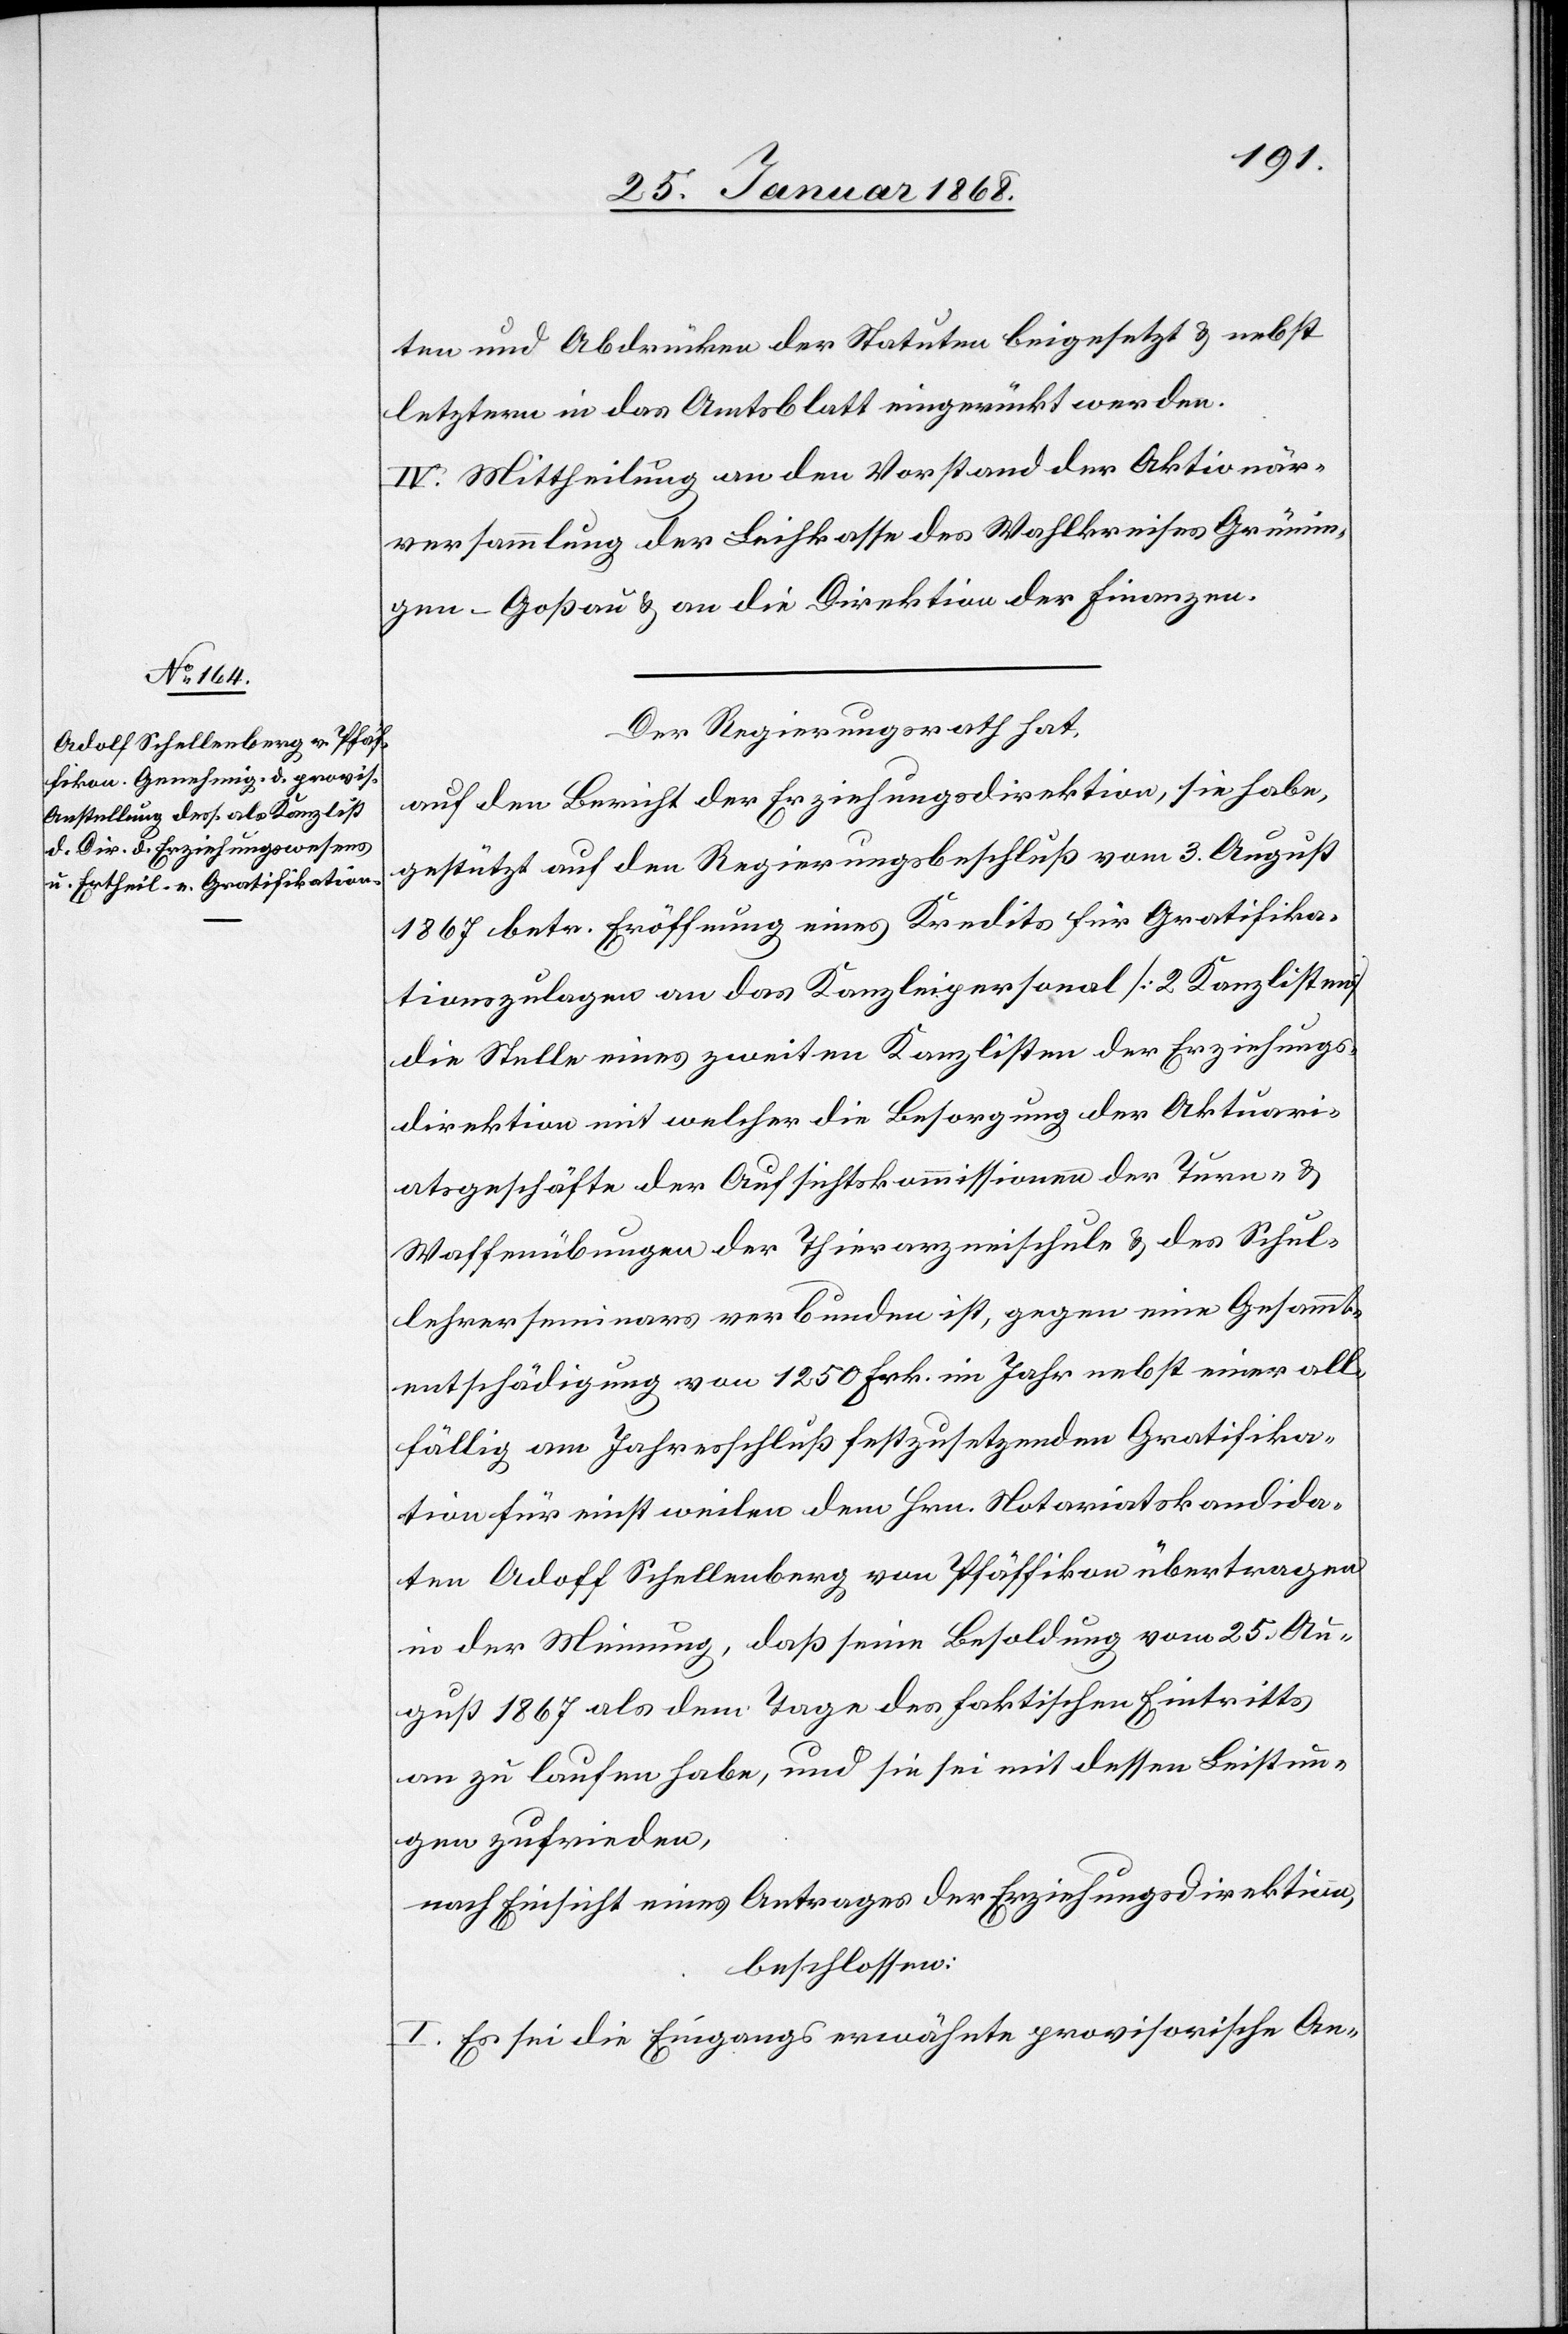
ten und Abdrücken der Statuten beigesetzt & nebst
letztern in das Amtsblatt eingerückt werden.
IV. Mittheilung an den Vorstand der Aktionär¬
versammlung der Leihkasse des Wahlkreises Grünin¬
gen-Goßau & an die Direktion der Finanzen.
Der Regierungsrath hat,
auf den Bericht der Erziehungsdirektion, sie habe,
gestützt auf den Regierungsbeschluß vom 3. August
1867 betr. Eröffnung eines Kredits für Gratifika¬
tionszulagen an das Kanzleipersonal [2 Kanzlisten]
die Stelle eines zweiten Kanzlisten der Erziehungs¬
direktion mit welcher die Besorgung der Aktuari¬
atsgeschäfte der Aufsichtskommissionen der Turn- &
Waffenübungen der Thierarzneischule & des Schul¬
lehrerseminars verbunden ist, gegen eine Gesammt¬
entschädigung von 1250 Frk. im Jahr nebst einer all¬
fällig am Jahresschluß festzusetzenden Gratifika¬
tion für einstweilen dem Hrn. Notariatskandida¬
ten Adoff [sic!] Schellenberg von Pfäffikon übertragen
in der Meinung, daß seine Besoldung vom 25. Au¬
gust 1867 als dem Tage des faktischen Eintritts
an zu laufen habe, und sie sei mit dessen Leistun¬
gen zufrieden,
nach Einsicht eines Antrages der Erziehungsdirektion,
beschlossen:
I. Es sei die Eingangs erwähnte provisorische An-